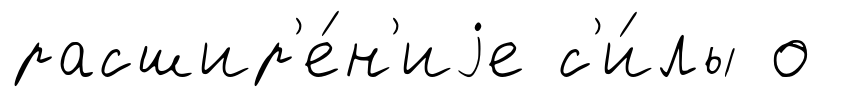
расшир'е́н'иjе с'и́лы о